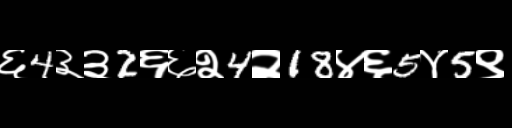
Text: ६4३३2६६२4२18४६5४5९